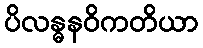
ပိလန္ဓနဝိကတိယာ